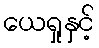
ယေရှုနှင့်